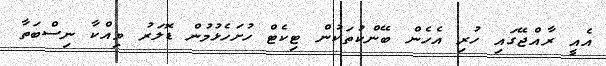
އެއީ ރާއްޖޭގައި ހުރި އެހެން ބޭންކުތަކުން ޓިކެޓް ހުށަހެޅުމުން ޑޮލަރު ވިއްކާ ނިސްބަތާ